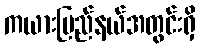
ကယားပြည်နယ်အတွင်းရှိ